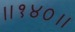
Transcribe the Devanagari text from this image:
॥१४०॥